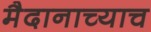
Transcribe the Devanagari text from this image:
मैदानाच्याच